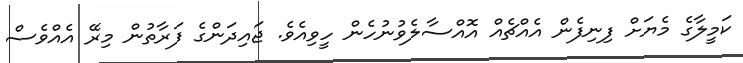
ކަމީލާގެ މެޔަށް ފިނިފެން އެއްޗެއް އޮއްސާލެވުނުހެން ހީވިއެވެ. ޖައިދަންގެ ފަރާތުން މިރޭ އެއްވެސް